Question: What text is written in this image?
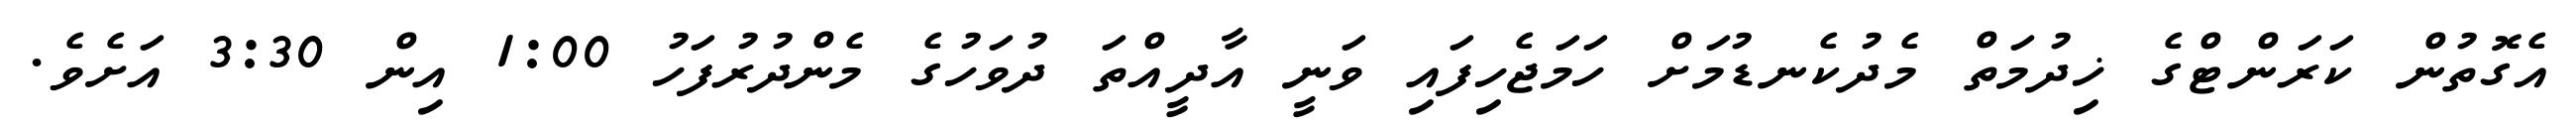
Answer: އެގޮތުން ކަރަންޓްގެ ޚިދުމަތް މެދުކެނޑުމަށް ހަމަޖެހިފައި ވަނީ އާދީއްތަ ދުވަހުގެ މެންދުރުފަހު 1:00 އިން 3:30 އަށެވެ.